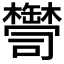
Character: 𦉠